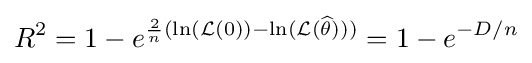
R^{2}=1-e^{{\frac {2}{n}}(\ln({\mathcal {L}}(0))-\ln({\mathcal {L}}({\widehat {\theta }})))}=1-e^{-D/n}